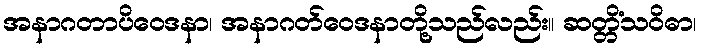
အနာဂတာပိဝေဒနာ၊ အနာဂတ်ဝေဒနာတို့သည်လည်း။ ဆတ္တိံသဝိဓာ၊